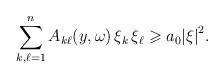
\begin{align*}\sum_{k,\ell=1}^n A_{k\ell}(y,\omega)\, \xi_k \, \xi_\ell \geqslant a_0 {\vert \xi \vert}^2.\end{align*}